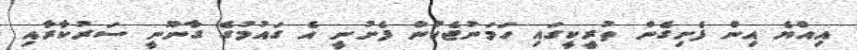
އިއްޔެ އިން ފެށިގެން ތުރީކީގައި ހަމަނުޖެހުން ފެށުނީ އެ ގައުމުގެ ގާނޫނީ ސަރުކާރާއި